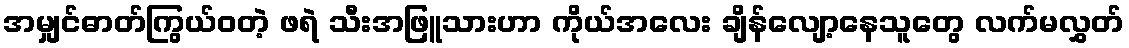
အမျှင်ဓာတ်ကြွယ်ဝတဲ့ ဖရဲ သီးအဖြူသားဟာ ကိုယ်အလေး ချိန်လျော့နေသူတွေ လက်မလွှတ်